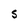
Character: 5